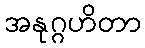
အနုဂ္ဂဟိတာ